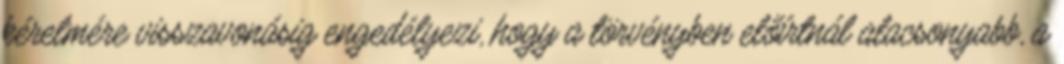
kérelmére visszavonásig engedélyezi, hogy a törvényben előírtnál alacsonyabb, a